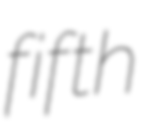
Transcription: fifth